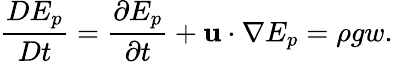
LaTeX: \frac{DE_{p}}{Dt}=\frac{\partial E_{p}}{\partial t}+\mathbf{u}\cdot\nabla E_{p}=\rho gw.